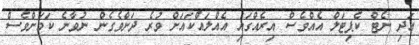
އަދި ނެޓް ކެޕިޓަލް އެއްވެސް އިރެއްގައި އެއްލައްކައަށް ވުރެ ދަށްވެގެން ނުވާނެ ކަމަށްވެސް